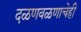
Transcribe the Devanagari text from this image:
दळणवळणाचेही